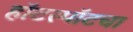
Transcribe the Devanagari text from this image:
हॉटस्पॉटचा